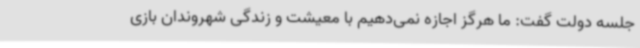
جلسه دولت گفت: ما هرگز اجازه نمی‌دهیم با معیشت و زندگی شهروندان بازی